Lunatic asylums in Bengal annual reports 1888-1898 - 1888-1898
Year: 1888
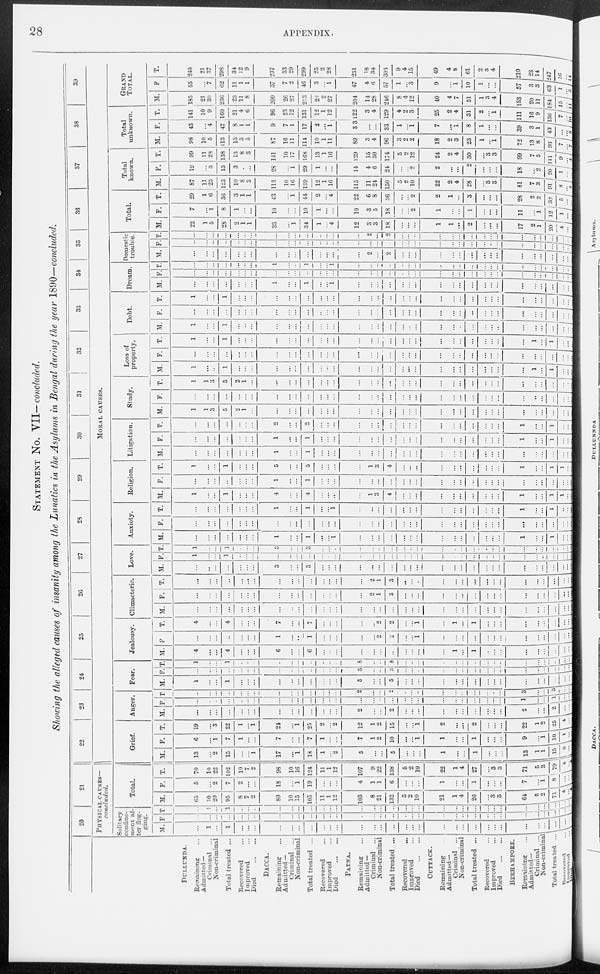
28
APPENDIX.
STATEMENT No. VII—concluded.
Showing the alleged causes of insanity among the Lunatics in the Asylums in Bengal during the year 1890—concluded.
DULLUNDA.
Remaining ...
Admitted—
Criminal ...
Non-criminal
Total treated ...
Recovered ...
Improved ...
Died
...
...
DACCA.
Remaining ...
Admitted —
Criminal ...
Non-criminal
Total treated ...
Recovered ...
Improved ...
Died
...
...
PATNA.
Remaining ...
Admitted—
Criminal ...
Non-criminal
Total treated ...
Recovered ...
Improved ...
Died
...
...
CUTTACK.
Remaining ...
Admitted—
Criminal ...
Non-criminal
Total treated ...
Recovered ...
Improved ...
Died
...
...
BERHAMPORE.
Remaining ...
Admitted—
Criminal ...
Non-criminal
Total treated ...
Recovered
...
Improved ...
Died ... ...
20
21
PHYSICAL CAUSES—
concluded.
Solitary
confine-
ment af-
ter flog-
ging.
M.
...
1
...
1
...
...
...
...
...
...
...
...
...
...
...
...
...
...
...
...
...
...
...
...
...
...
...
...
...
...
...
...
...
...
...
F.
...
...
...
...
...
...
...
...
...
...
...
...
...
...
...
...
...
...
...
...
...
...
...
...
...
...
...
...
...
...
... ...
...
...
...
T.
...
1
...
1
...
...
...
...
...
...
...
...
...
...
...
...
...
...
...
...
...
...
...
...
...
...
...
...
...
...
...
...
...
...
...
Total.
M.
65
10
20
95
8
7
2
80
10
15
105
11
1
12
103
8
21
132
5
2
10
21
1
4
28
...
3
3
64
5 2
71
4
...
4
F.
5
...
2
7
2
...
...
18
...
1
19
...
...
...
4
1
1
6
...
...
...
1
...
...
1
...
...
...
7
... 1
8
...
...
...
T.
70
10
22
102
10
7
2
98
10
16
124
11
1
12
107
9
22
138
5
2
10
22
1
4
27
...
3
3
71
5 3
79
4
...
4
22
23
24
25
26
27
28
29
30
31
32
33
34
35
36
37
38
39
MORAL CAUSES.
Grief.
M.
13
...
2
15
...
...
1
17
...
1
18
1
...
2
5
...
...
5
...
...
...
1
...
...
1
...
...
...
13
1
1
15
3
...
...
F.
6
...
1
7
1
...
...
7
...
...
7
1
...
...
7
1
2
10
...
...
1
1
...
...
1
...
...
...
9
...
1
10
1
...
...
T.
19
...
3
22
1
...
1
24
...
1
25
2
...
2
12
1
2
15
...
...
1
2
...
...
2
...
...
...
22
1
2
25
4 ...
...
Anger.
M.
...
...
...
...
...
...
...
...
...
...
...
...
...
...
2
...
...
2
...
...
...
...
...
...
...
...
...
...
2
...
...
2
...
...
...
F.
...
...
...
...
...
...
...
...
...
...
...
...
...
...
...
...
...
...
...
...
...
...
...
...
...
...
...
...
1
...
...
1
...
...
...
T.
...
...
...
...
...
...
...
...
...
...
...
...
...
...
2
...
...
2
...
...
...
...
...
...
...
...
...
...
3
...
...
3
...
...
...
Fear.
M.
1
...
...
1
...
...
...
...
...
...
...
...
...
...
5
...
...
5
...
...
...
...
...
...
...
...
...
...
...
...
...
...
...
...
...
F.
...
...
...
...
...
...
...
...
...
...
...
...
...
...
3
...
...
3
...
...
...
...
...
...
...
...
...
...
...
...
...
...
...
...
...
T.
1
...
...
1
...
...
...
...
...
...
...
...
...
...
8
...
...
8
...
...
...
...
...
...
...
...
...
...
...
...
...
...
...
...
...
Jealousy.
M.
4
...
...
4
...
...
...
6
...
...
6
...
...
...
...
...
...
...
...
...
...
...
1
...
1
...
...
...
...
...
...
...
...
...
...
F.
...
...
...
...
...
...
...
1
...
...
1
...
...
...
...
...
2
2
...
...
1
...
...
...
...
...
...
...
...
...
...
...
...
...
...
T.
4
...
...
4
...
...
...
7
...
...
7
...
...
...
...
...
2
2
...
...
1
...
1
...
1
...
...
...
...
...
...
...
...
...
...
Climacteric.
M.
...
...
...
...
...
...
...
...
...
...
...
...
...
...
...
...
...
...
...
...
...
...
...
...
...
...
...
...
...
...
...
...
...
...
...
F.
...
...
...
...
...
...
...
...
...
...
...
...
...
...
...
2
1
3
...
...
...
...
...
...
...
...
...
...
...
...
...
...
...
...
...
T.
...
...
...
...
...
...
...
...
...
...
...
...
...
...
...
2
1
3
...
...
...
...
...
...
...
...
...
...
...
...
...
...
...
...
...
Love.
M.
...
...
...
...
...
...
...
3
...
...
3
...
...
...
...
...
...
...
...
...
...
...
...
...
...
...
...
...
...
...
...
...
...
...
...
F.
1
...
...
1
...
...
...
...
...
...
...
...
...
...
...
...
...
...
...
...
...
...
...
...
...
...
...
...
...
...
...
...
...
...
...
T.
1
...
...
1
...
...
...
3
...
...
3
...
...
...
...
...
...
...
...
...
...
...
...
...
...
...
...
...
...
...
...
...
...
...
...
Anxiety.
M.
...
...
...
...
...
...
...
1
...
...
1
...
...
1
...
...
...
...
...
...
...
...
...
...
...
...
...
...
1
...
...
1
...
...
...
F.
...
...
...
...
...
...
...
...
...
...
...
...
...
...
...
...
...
...
...
...
...
...
...
...
...
...
...
...
...
...
...
...
...
...
...
T.
...
...
...
...
...
...
...
1
...
...
1
...
...
1
...
...
...
...
...
...
...
...
...
...
...
...
...
...
1
...
...
1
...
...
...
Religion.
M.
1
...
...
1
...
...
...
4
...
...
4
...
...
...
...
1
3
4
...
...
...
...
...
...
...
...
...
...
1
...
...
1
1
...
...
F.
...
...
...
...
...
...
...
1
...
...
1
...
...
...
...
...
...
...
...
...
...
...
...
...
...
...
...
...
...
...
...
...
...
...
...
T.
1
...
...
1
...
...
...
5
...
...
5
...
...
...
...
1
3
4
...
...
...
...
...
...
...
...
...
...
1
...
...
1
1
...
...
Litigation.
M.
...
...
...
...
...
...
...
1
...
...
1
...
...
...
...
...
...
...
...
...
...
...
...
...
...
...
...
...
...
...
...
...
...
...
...
F.
...
...
...
...
...
...
...
1
...
...
1
...
...
...
...
...
...
...
...
...
...
...
...
...
...
...
...
...
1
...
...
1
...
...
...
T.
...
...
...
...
...
...
...
...
...
...
2
...
...
...
...
...
...
...
...
...
...
...
...
...
...
...
...
...
1
...
...
1
...
...
...
Study.
M.
1
1
3
5
2
1
...
...
...
...
...
...
...
...
...
...
...
...
...
...
...
...
...
...
...
...
...
...
...
...
...
...
...
...
...
F.
...
...
...
...
...
...
...
...
...
...
...
...
...
...
...
...
...
...
...
...
...
...
...
...
...
...
...
...
...
...
...
...
...
...
...
T.
1
1
3
5
2
1
...
...
...
...
...
...
...
...
...
...
...
...
...
...
...
...
...
...
...
...
...
...
...
...
...
...
...
...
...
Loss of
property.
M.
1
...
...
1
...
...
...
...
...
...
...
...
...
...
...
...
...
...
...
...
...
...
...
...
...
...
...
...
...
1
...
1
...
...
...
F.
...
...
...
...
...
...
...
...
...
...
...
...
...
...
...
...
...
...
...
...
...
...
...
...
...
...
...
...
...
...
...
...
...
...
...
T.
1
...
...
1
...
...
...
...
...
...
...
...
...
...
...
...
...
...
...
...
...
...
...
...
...
...
...
...
...
1
...
1
...
...
...
Debt.
M.
1
...
...
1
...
...
...
...
...
...
...
...
...
...
...
...
...
...
...
...
...
...
...
...
...
...
...
...
...
...
...
...
...
...
...
F.
...
...
...
...
...
...
...
...
...
...
...
...
...
...
...
...
...
...
...
...
...
...
...
...
...
...
...
...
...
...
...
...
...
...
...
T.
1
...
...
1
...
...
...
...
...
...
...
...
...
...
...
...
...
...
...
...
...
...
...
...
...
...
...
...
...
...
...
...
...
...
...
Dream.
M.
...
...
...
...
...
...
...
1
...
...
1
...
...
1
...
...
...
...
...
...
...
...
...
...
...
...
...
...
...
...
...
...
...
...
...
F.
...
...
...
...
...
...
...
...
...
...
...
...
...
...
...
...
...
...
...
...
...
...
...
...
...
...
...
...
...
...
...
...
... ...
...
T.
...
...
...
...
...
...
...
1
...
...
1
...
...
1
...
...
...
...
...
...
...
...
...
...
...
...
...
...
...
...
...
...
...
...
...
Domestic
trouble.
M.
...
...
...
...
...
...
...
...
...
...
...
...
...
...
...
2
...
2
...
...
...
...
...
...
...
...
...
...
...
...
...
...
...
...
...
F.
...
...
...
...
...
...
...
...
...
...
...
...
...
...
...
...
...
...
...
...
...
...
...
...
...
...
...
...
...
...
...
...
...
...
...
T.
...
...
...
...
...
...
...
...
...
...
...
...
...
...
...
2
...
2
...
...
...
...
...
...
...
...
...
...
...
...
...
...
...
...
...
Total.
M.
22
1
5
28
2
1
1
33
...
1
34
1
...
4
12
3
3
18
...
...
...
1
1
...
2
...
...
...
17
2
1
20
4 ...
...
F.
7
...
1
8
1
...
...
10
...
...
10
1
...
...
10
3
5
18
...
...
2
1
...
...
1
...
...
...
11
...
1
12
1
...
...
T.
29
1
6
36
3
1
1
43
...
1
44
2
...
4
22
6
8
36
...
...
2
2
1
...
3
...
...
...
28
2
2
32
5
...
...
Total
known.
M.
87
11
25
123
10
8
3
113
10
16
139
12
1
16
115
11
24
150
5
2
10
22
2
4
28
...
3
3
81
7
3
91
8
...
4
F.
12
...
3
15
3
...
...
28
...
1
29
1
...
...
14
4
6
24
...
...
2
2
...
...
2
...
...
...
18
...
2
20
1
...
...
T.
99
11
28
138
13
8
3
141
10
17
168
13
1
16
129
15
30
174
5
2
12
24
2
4
30
...
3
3
99
7
5
111
9 ... 4
Total
unknown.
M.
98
10
5
113
13
3
5
87
16
11
114
10
1
11
89
3
4
96
3
2
2
18
2
3
23
1
...
1
72
13
8
93
7 ... 7
F.
43
...
4
47
8
1
1
9
7
1
17
2
...
1
33
...
...
33
1
...
1
7
...
1
8
1
...
...
39
3
1
43
... ...
3
T.
141
10
9
160
21
4
6
96
23
12
131
12
1
12
122
3
4
129
4
2
3
25
2
4
31
2
...
1
111
16
9
136
7 ...
10
GRAND
TOTAL.
M.
185
21
30
236
23
11
8
200
26
27
253
22
2
27
204
14
28
246
8
4
12
40
4
7
51
1
3
4
153
20
11 184
15 ...
11
F.
55
...
7
62
11
1
1
37
7
2
46
3
...
1
47
4
6
57
1
...
3
9
...
1
10
1
...
...
57
3
3 63
1 ...
3
T.
240
21
37
298
34
12
9
237
33
29
299
25
2
28
251
18
34
303
9
4
15
49
4
8
61
2
3
4
210
23
14
247
16 ...
14